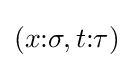
(x{\mathbin {:}}\sigma ,t{\mathbin {:}}\tau )